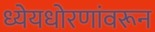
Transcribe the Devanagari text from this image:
ध्येयधोरणांवरून